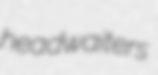
headwaiters